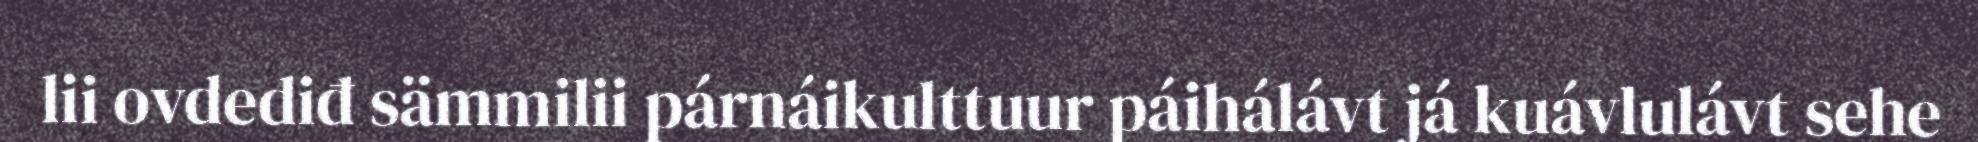
lii ovdediđ sämmilii párnáikulttuur páihálávt já kuávlulávt sehe